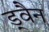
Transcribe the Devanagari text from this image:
ड्वैन